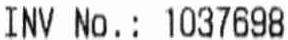
INV NO.: 1037698